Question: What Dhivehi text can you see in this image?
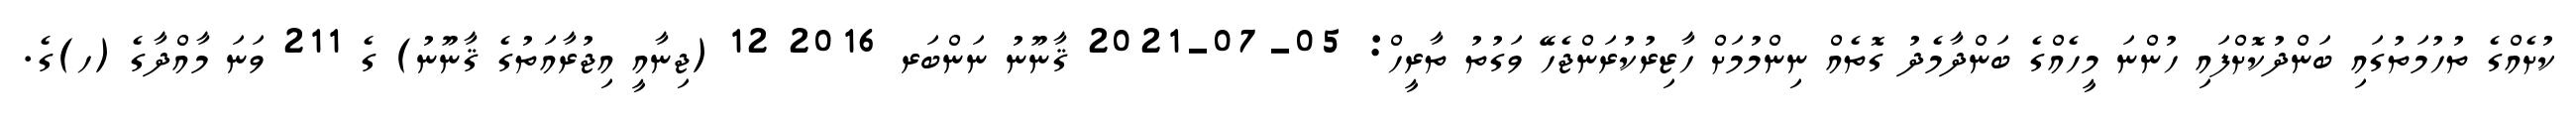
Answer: ކުށެއްގެ ތުހުމަތުގައި ބަންދުކޮށްފައި ހުންނަ މީހެއްގެ ބަންދާމެދު ގޮތެއް ނިންމުމަށް ހާޒިރުކުރަންޖެހޭ ވަގުތު ތާރީހް: 05-07-2021 ޤާނޫނު ނަންބަރ 2016 12 (ޖިނާއީ އިޖުރާއަތުގެ ޤާނޫނު) ގެ 211 ވަނަ މާއްދާގެ (ހ)ގެ.